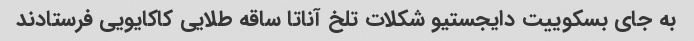
به جای بسکوییت دایجستیو شکلات تلخ آناتا ساقه طلایی کاکایویی فرستادند